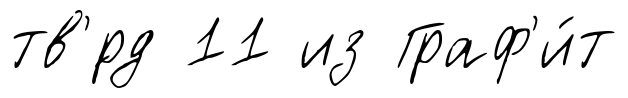
тв'́рд 11 из Граф'и́т